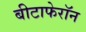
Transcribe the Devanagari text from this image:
बीटाफेरॉन